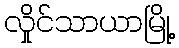
လှိုင်သာယာမြို့